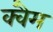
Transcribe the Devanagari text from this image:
क्वैम